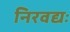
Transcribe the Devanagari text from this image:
निरवद्यः